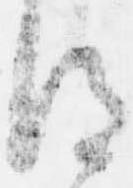
得